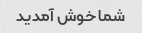
شما خوش آمدید